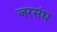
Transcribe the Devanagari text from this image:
जरसंध